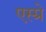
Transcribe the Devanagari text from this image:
एस्प्रे